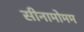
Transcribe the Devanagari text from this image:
सीनामोमम